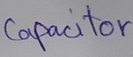
Text: Capacitor